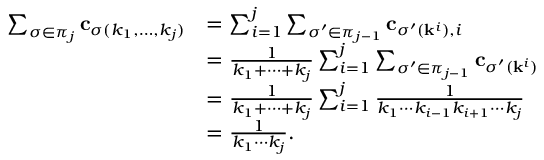
\begin{array} { r l } { \sum _ { \sigma \in \pi _ { j } } \mathbf { c } _ { \sigma ( k _ { 1 } , \ldots , k _ { j } ) } } & { = \sum _ { i = 1 } ^ { j } \sum _ { \sigma ^ { \prime } \in \pi _ { j - 1 } } \mathbf { c } _ { \sigma ^ { \prime } ( \mathbf { k } ^ { i } ) , i } } \\ & { = \frac { 1 } { k _ { 1 } + \cdots + k _ { j } } \sum _ { i = 1 } ^ { j } \sum _ { \sigma ^ { \prime } \in \pi _ { j - 1 } } \mathbf { c } _ { \sigma ^ { \prime } ( \mathbf { k } ^ { i } ) } } \\ & { = \frac { 1 } { k _ { 1 } + \cdots + k _ { j } } \sum _ { i = 1 } ^ { j } \frac { 1 } { k _ { 1 } \cdots k _ { i - 1 } k _ { i + 1 } \cdots k _ { j } } } \\ & { = \frac { 1 } { k _ { 1 } \cdots k _ { j } } . } \end{array}